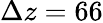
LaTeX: \Delta z=66